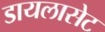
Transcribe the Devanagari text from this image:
डायलासेट